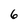
Character: 6